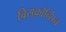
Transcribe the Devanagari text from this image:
विसकॉन्सिन